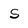
Character: S